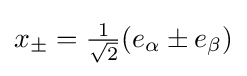
{\textstyle x_{\pm }={\frac {1}{\sqrt {2}}}(e_{\alpha }\pm e_{\beta })}